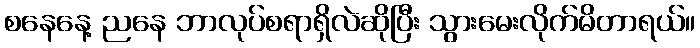
စနေနေ့ ညနေ ဘာလုပ်စရာရှိလဲဆိုပြီး သွားမေးလိုက်မိတာရယ်။